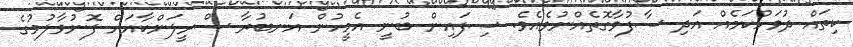
ކިތައް ދުވަހުކަމެއް އަދި ސާފުވާގޮތެއްނުވެއެވެ. ސިފައިން ބުނީ އެމީހުން އަނބުރާ ސްރީލަންކާއަށް ފޮނުވާލުމުގެ